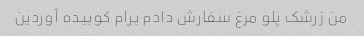
من زرشک پلو مرغ سفارش دادم برام کوبیده آوردین